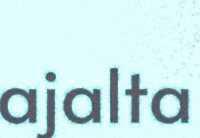
ajalta